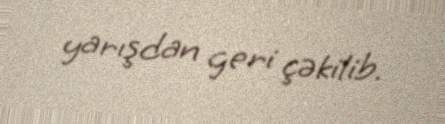
yarışdan geri çəkilib.